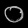
Digit: ၀